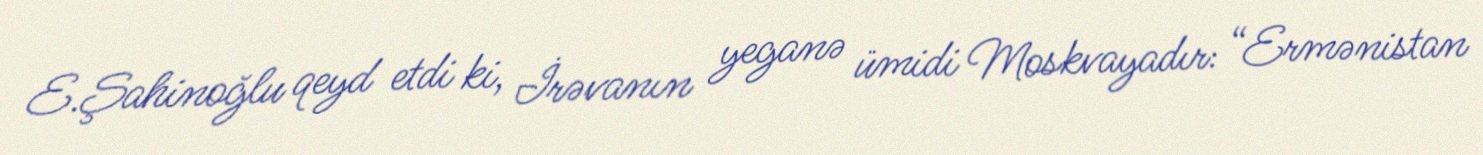
E.Şahinoğlu qeyd etdi ki, İrəvanın yeganə ümidi Moskvayadır: “Ermənistan